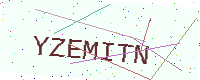
Text: YZEMITN